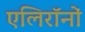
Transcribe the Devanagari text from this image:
एलिरॉनों